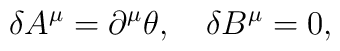
\delta A^\mu=\partial^\mu\theta,\quad\delta B^\mu=0,